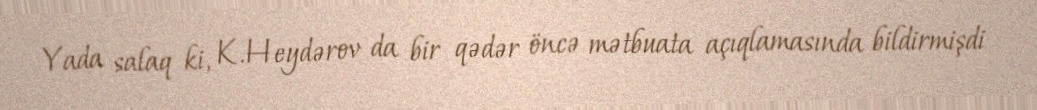
Yada salaq ki, K.Heydərov da bir qədər öncə mətbuata açıqlamasında bildirmişdi